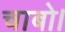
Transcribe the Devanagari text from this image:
चाबो।